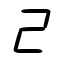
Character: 己